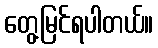
တွေ့မြင်ရပါတယ်။